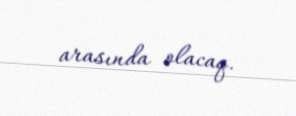
arasında olacaq.